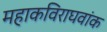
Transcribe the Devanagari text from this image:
महाकविराघवांक